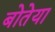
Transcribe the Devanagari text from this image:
बोतेया